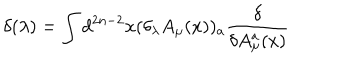
\delta ( \lambda ) = \int d ^ { 2 n - 2 } x ( \delta _ { \lambda } A _ { \mu } ( x ) ) _ { a } \frac { \delta } { \delta A _ { \mu } ^ { a } ( x ) }